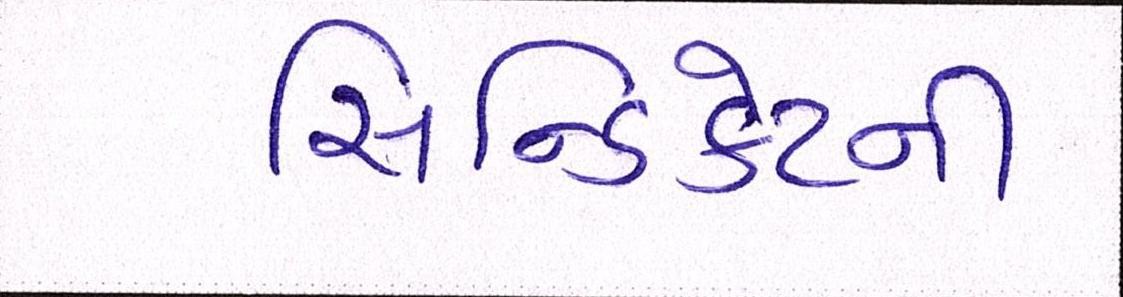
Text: સિન્ડિકેટની